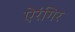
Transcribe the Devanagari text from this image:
ऐरंगिर